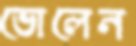
ভোলেন